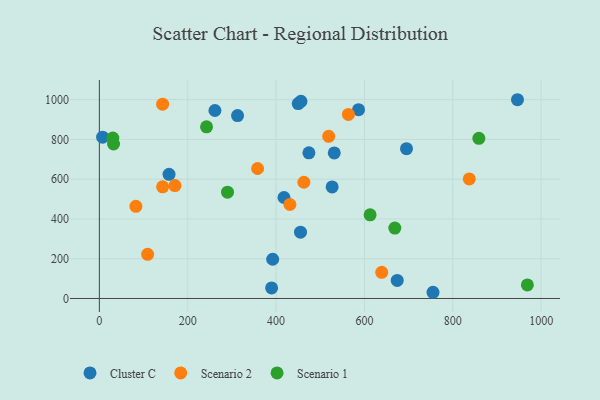
{"axis": {"x": "Price", "y": "Profit"}, "legend": ["Cluster C", "Scenario 1", "Scenario 2"], "data": [{"x": "946.4", "y": 999.6, "type": "Cluster C"}, {"x": "7.4", "y": 811.5, "type": "Cluster C"}, {"x": "456.3", "y": 991.7, "type": "Cluster C"}, {"x": "450.1", "y": 980.4, "type": "Cluster C"}, {"x": "157.7", "y": 624.3, "type": "Cluster C"}, {"x": "695.2", "y": 753.3, "type": "Cluster C"}, {"x": "474.3", "y": 732.5, "type": "Cluster C"}, {"x": "417.9", "y": 507.8, "type": "Cluster C"}, {"x": "312.8", "y": 919.9, "type": "Cluster C"}, {"x": "392.3", "y": 197.4, "type": "Cluster C"}, {"x": "586.7", "y": 949.6, "type": "Cluster C"}, {"x": "261.6", "y": 945.5, "type": "Cluster C"}, {"x": "755.2", "y": 31.2, "type": "Cluster C"}, {"x": "531.7", "y": 731.9, "type": "Cluster C"}, {"x": "455.3", "y": 333.4, "type": "Cluster C"}, {"x": "674.2", "y": 90.8, "type": "Cluster C"}, {"x": "526.9", "y": 561.1, "type": "Cluster C"}, {"x": "389.9", "y": 53.1, "type": "Cluster C"}, {"x": "171.1", "y": 567.8, "type": "Scenario 2"}, {"x": "358.1", "y": 653.7, "type": "Scenario 2"}, {"x": "519.1", "y": 815.4, "type": "Scenario 2"}, {"x": "143.2", "y": 561.3, "type": "Scenario 2"}, {"x": "431.3", "y": 472.6, "type": "Scenario 2"}, {"x": "837.3", "y": 601.5, "type": "Scenario 2"}, {"x": "563.7", "y": 925.9, "type": "Scenario 2"}, {"x": "143.2", "y": 977.3, "type": "Scenario 2"}, {"x": "639.1", "y": 131.6, "type": "Scenario 2"}, {"x": "82.7", "y": 463.6, "type": "Scenario 2"}, {"x": "462.9", "y": 584.6, "type": "Scenario 2"}, {"x": "109.3", "y": 222.1, "type": "Scenario 2"}, {"x": "30.5", "y": 807.1, "type": "Scenario 1"}, {"x": "859.0", "y": 805.7, "type": "Scenario 1"}, {"x": "968.8", "y": 68.4, "type": "Scenario 1"}, {"x": "612.8", "y": 420.5, "type": "Scenario 1"}, {"x": "668.8", "y": 354.0, "type": "Scenario 1"}, {"x": "32.1", "y": 777.0, "type": "Scenario 1"}, {"x": "242.6", "y": 863.5, "type": "Scenario 1"}, {"x": "290.1", "y": 534.8, "type": "Scenario 1"}]}